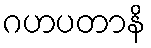
ဂဟပတာနိ